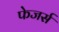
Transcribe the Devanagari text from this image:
फेजर्स